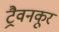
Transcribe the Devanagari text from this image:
ट्रैवनकूर